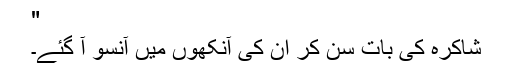
"
شاکرہ کی بات سن کر اُن کی آنکھوں میں آنسو آ گئے۔